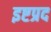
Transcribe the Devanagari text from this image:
इष्टप्रद